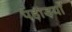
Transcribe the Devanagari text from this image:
पहाड़याँ